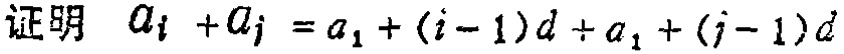
证明 \(a_{i} + a_{j} = a_{1} + (i - 1)d + a_{1} + (j - 1)d\)